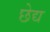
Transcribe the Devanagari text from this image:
छेद्य